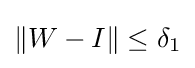
\|W-I\|\leq \delta _{1}